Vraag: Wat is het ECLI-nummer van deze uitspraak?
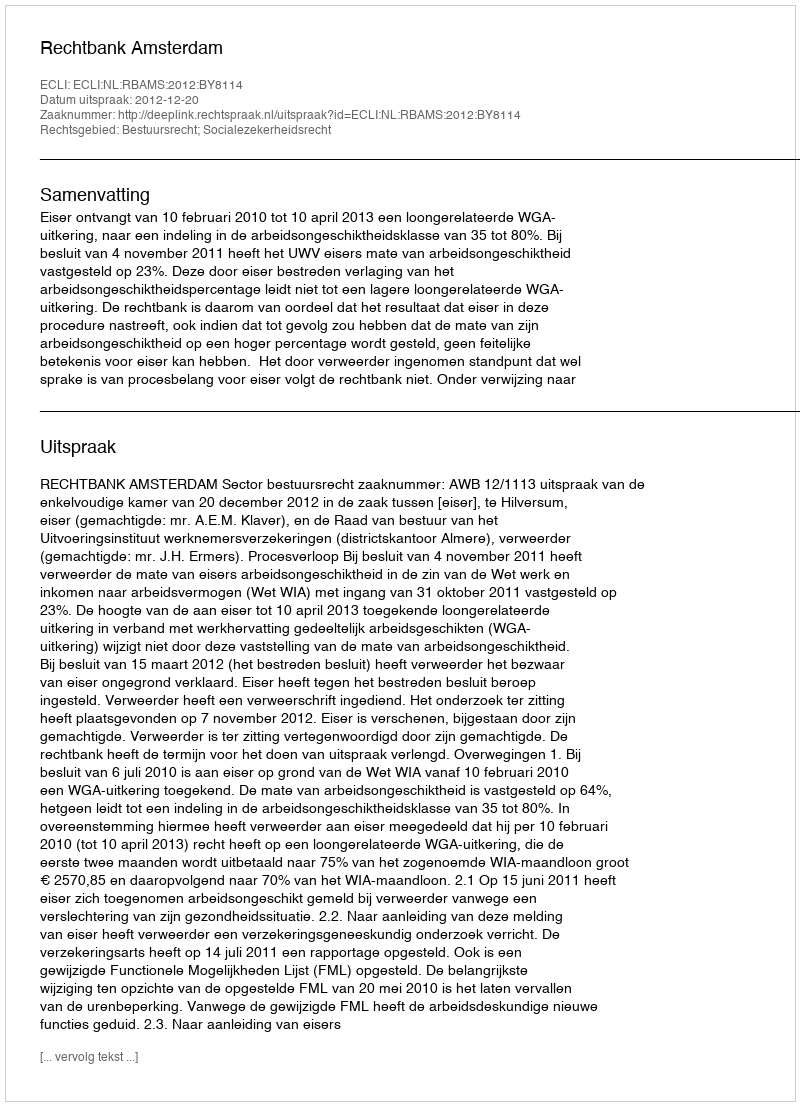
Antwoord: ECLI:NL:RBAMS:2012:BY8114